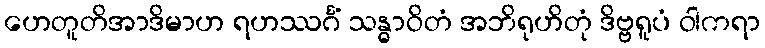
ဟေတူတိအာဒိမာဟ ရဟဿင်္ဂံ သန္ဓာဝိတံ အဘိရုဟိတုံ ဒိဗ္ဗရူပံ ဝါကရာ